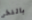
بالفخر